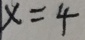
x = 4